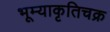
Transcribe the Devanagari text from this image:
भूम्याकृतिचक्र